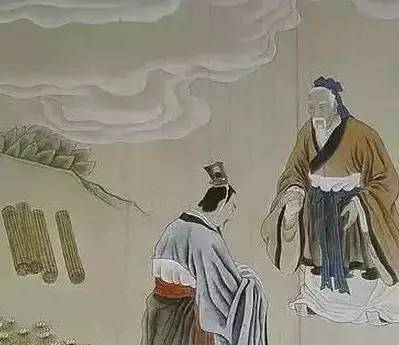
为其所难者，必得其所欲焉未闻为其所欲，而免其所恶者也。